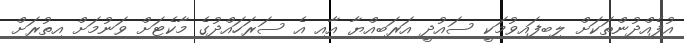
އުފެއްދުންތަކަށް ލިބިފައިވުމަކީ ސައުދީ އަރަބިއްޔާ އާއި އެ ސަރަހައްދުގެ މާކެޓަށް ވަނުމަށް އިތުރަށް